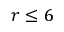
r \leq 6